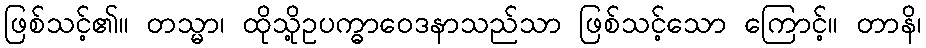
ဖြစ်သင့်၏။ တသ္မာ၊ ထိုသို့ဥပက္ဓာဝေဒနာသည်သာ ဖြစ်သင့်သော ကြောင့်။ တာနိ၊